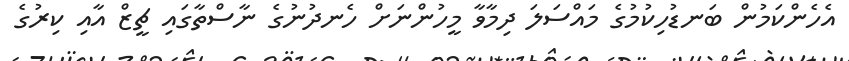
އެހެންކަމުން ބަނޑުހިކުމުގެ މައްސަލަ ދިމާވާ މީހުންނަށް ހެނދުނުގެ ނާސްތާގައި ޗީޒް އާއި ކިރުގެ